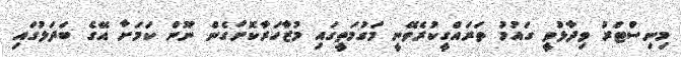
މިނިސްޓަރު ވިދާޅުވީ ގައުމު ތަރައްގީކުރެވޭނީ މަގުމަތީގައި މުޒާހަރާކޮށްގެން ނޫން ކަމަށާ އޭގެ ބަދަލުގައި